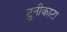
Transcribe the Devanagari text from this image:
टुनीकाटा